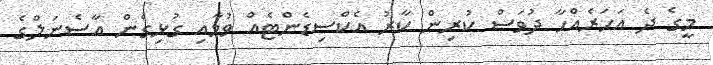
މީގެ ދެ އަހަރެއްހާ ދުވަސް ކުރިން ކާރު އެކްސިޑެންޓެއް ވުމާއި ގުޅިގެން އާސެނަލްގެ